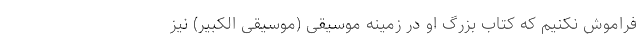
فراموش نکنیم که کتاب بزرگ او در زمینه موسیقی (موسیقی الکبیر) نیز